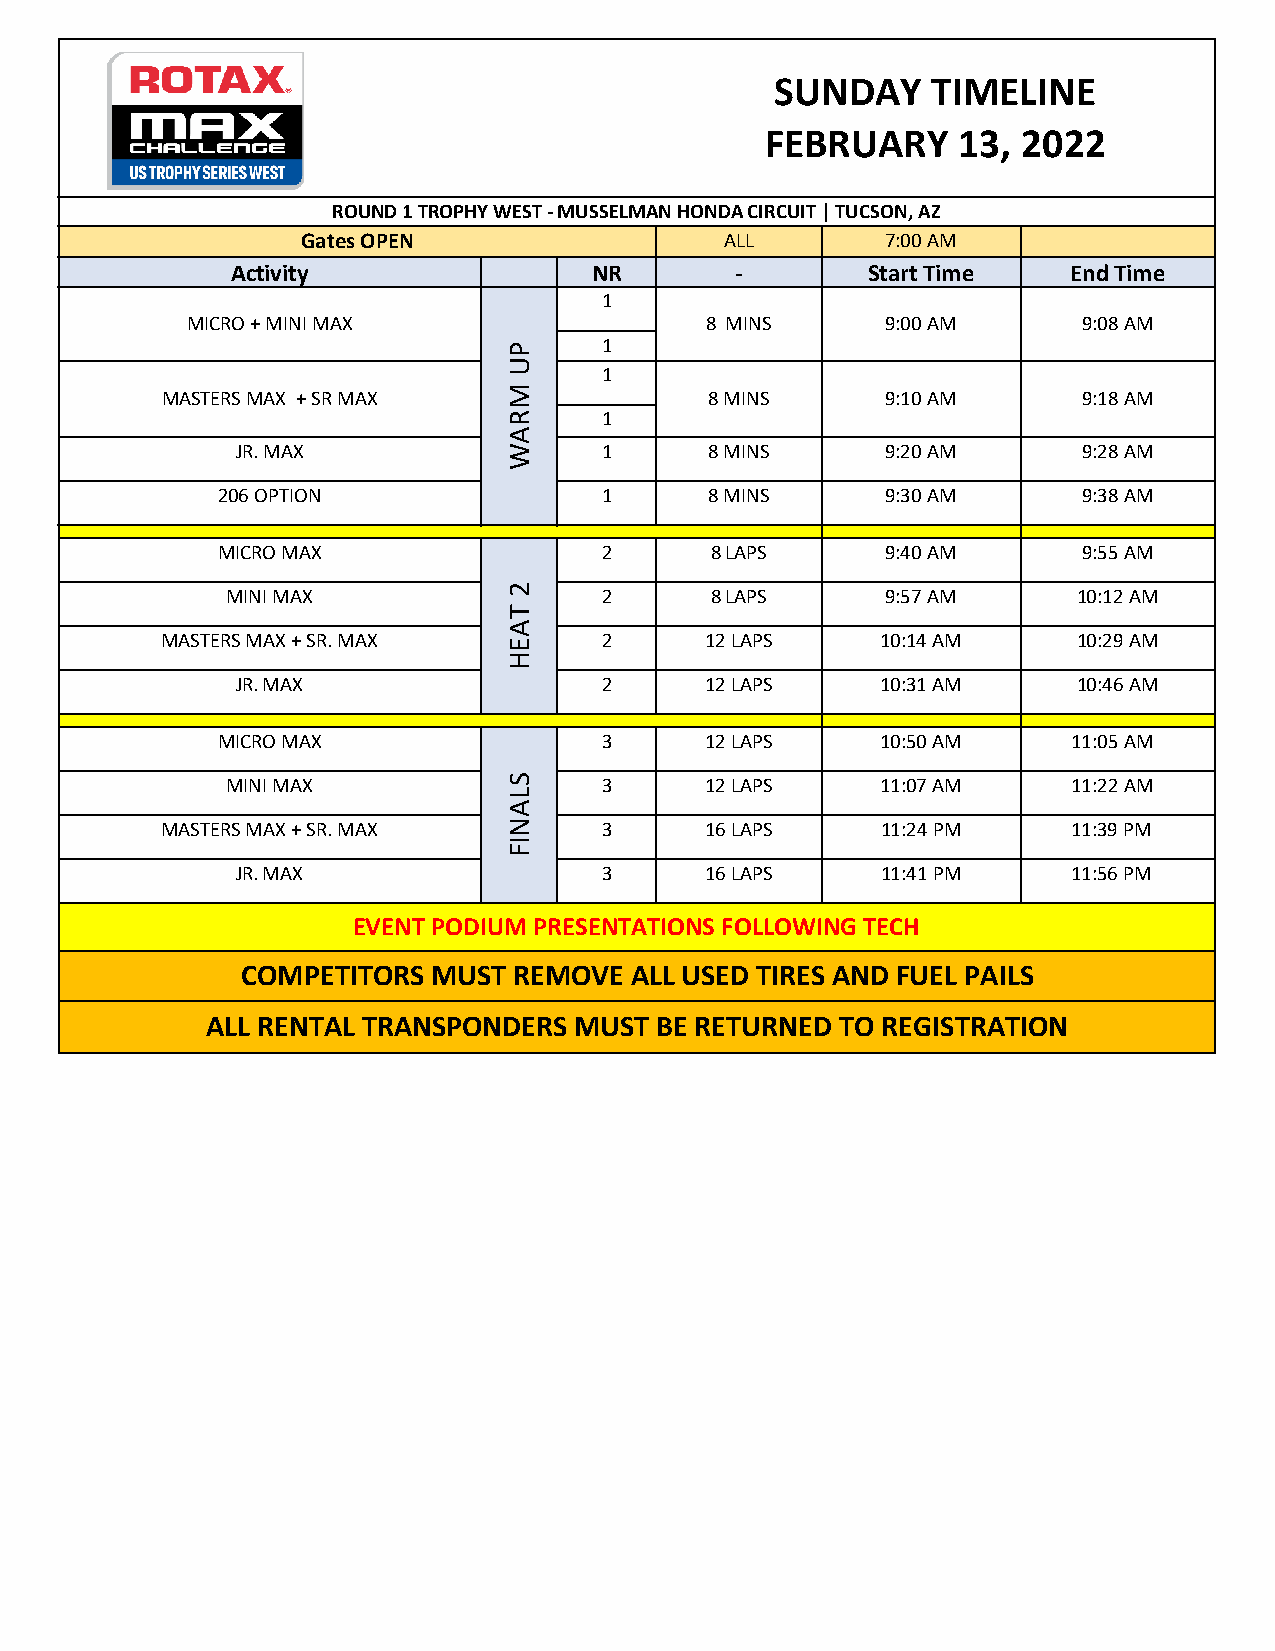
SUNDAY     TIMELINE
 FEBRUARY    13,  2022
 ROUND 1 TROPHY WEST - MUSSELMAN HONDA CIRCUIT | TUCSON, AZ
 Gates OPEN                  ALL        7:00 AM
 Activity                NR        -       Start Time    End Time
 1
 MICRO + MINI MAX                   8 MINS      9:00 AM      9:08 AM
 P     1
 U
 1
 M
 MASTERS MAX + SR MAX                8 MINS      9:10 AM      9:18 AM
 R     1
 A
 JR. MAX           W     1      8 MINS      9:20 AM      9:28 AM
 206 OPTION                1      8 MINS      9:30 AM      9:38 AM
 MICRO MAX                 2      8 LAPS      9:40 AM      9:55 AM
 MINI MAX           2     2      8 LAPS      9:57 AM     10:12 AM
 T
 A
 MASTERS MAX + SR. MAX  E     2      12 LAPS    10:14 AM     10:29 AM
 H
 JR. MAX                 2      12 LAPS    10:31 AM     10:46 AM
 MICRO MAX                 3      12 LAPS    10:50 AM     11:05 AM
 MINI MAX           S     3      12 LAPS    11:07 AM     11:22 AM
 L
 A
 MASTERS MAX + SR. MAX  N     3      16 LAPS    11:24 PM     11:39 PM
 I
 F
 JR. MAX                 3      16 LAPS    11:41 PM     11:56 PM
 EVENT PODIUM PRESENTATIONS FOLLOWING TECH
 COMPETITORS  MUST REMOVE  ALL USED TIRES AND FUEL PAILS
 ALL RENTAL TRANSPONDERS MUST BE RETURNED  TO REGISTRATION